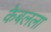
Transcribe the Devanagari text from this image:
केबलला